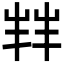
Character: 𫵮